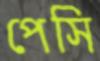
পেসি